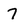
Character: 7